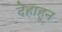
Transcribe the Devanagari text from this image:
देहाहून